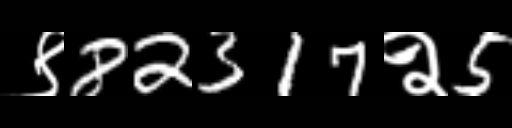
Text: ९82317२5